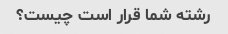
رشته شما قرار است چیست؟